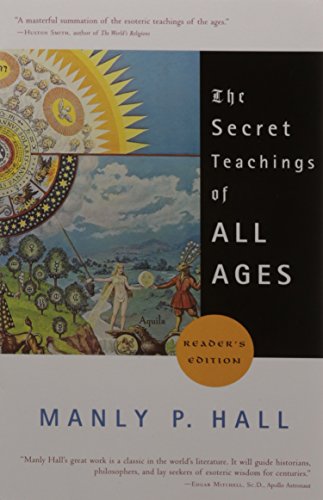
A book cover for The Secret Teachings of All Ages (Reader's Edition); Manly P. Hall; Literature & Fiction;